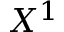
X ^ { 1 }